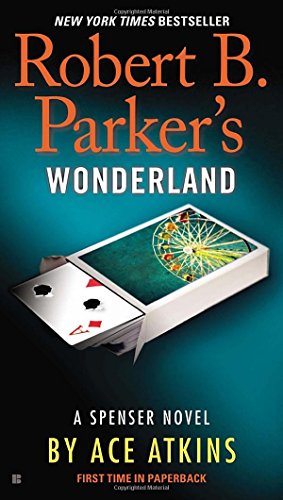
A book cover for Robert B. Parker's Wonderland (Spenser); Ace Atkins; Mystery, Thriller & Suspense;